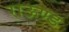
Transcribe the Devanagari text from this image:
राऊण्ड